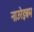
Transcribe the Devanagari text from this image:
नाउरेइबम